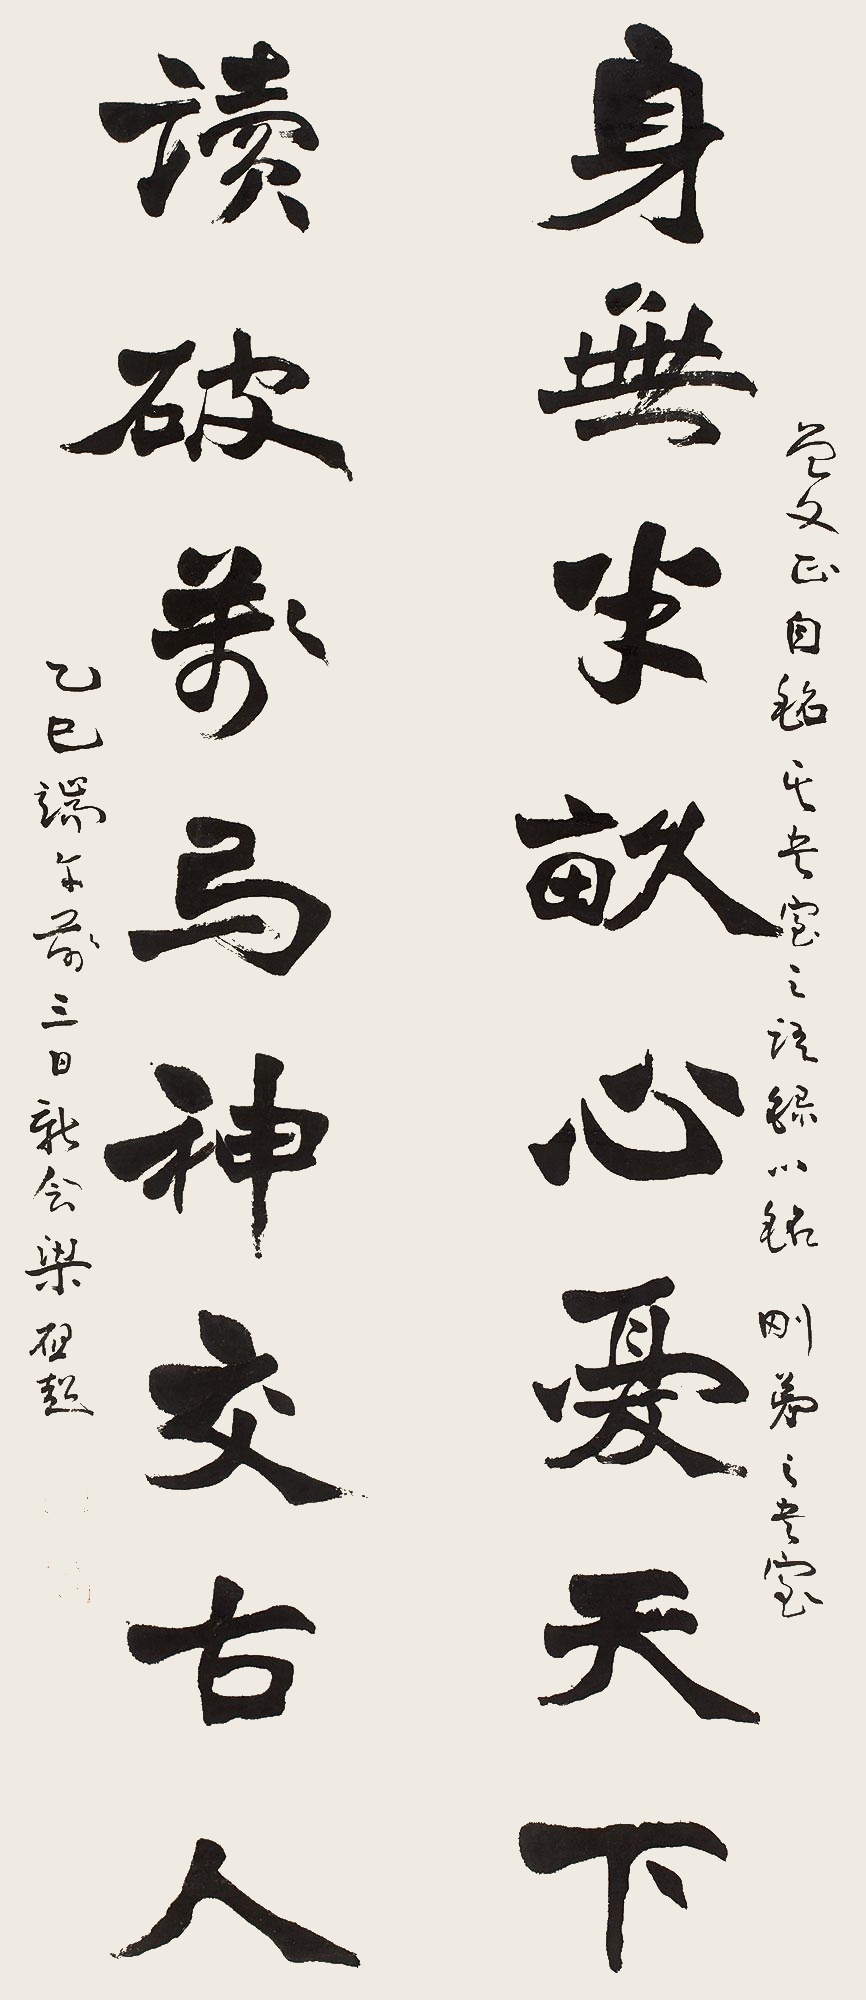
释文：身无半亩心忧天下，读破万卷神交古人。曾文正自铭其书室之语，录以铭刚弟之书室。乙巳端午前三日，新会梁启超。